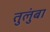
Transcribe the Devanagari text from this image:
तुलुंबा